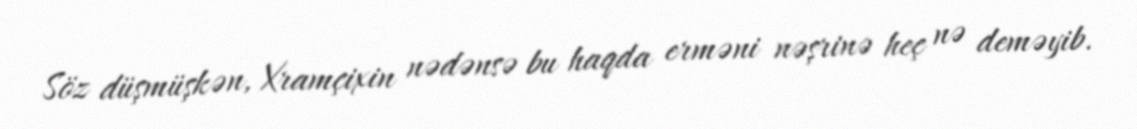
Söz düşmüşkən, Xramçixin nədənsə bu haqda erməni nəşrinə heç nə deməyib.